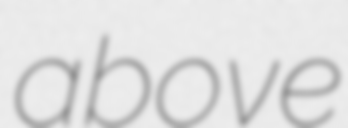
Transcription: above